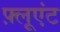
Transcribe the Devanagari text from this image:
फ़्लूएंट